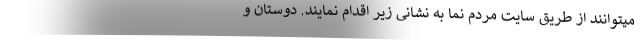
میتوانند از طریق سایت مردم نما به نشانی زیر اقدام نمایند. دوستان و